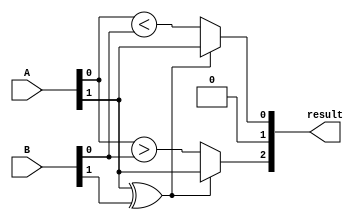
module comparator (
    input [1:0] A,
    input [1:0] B,
    output [2:0] result
);

wire [1:0] equal, less_than, greater_than; 

assign equal = ~(A ^ B);
assign less_than = (A[1] ^ B[1]) ? A[1] : A[0] < B[0];
assign greater_than = (A[1] ^ B[1]) ? A[1] : A[0] > B[0];

assign result = {equal, greater_than, less_than};

endmodule